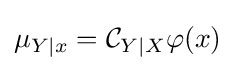
\mu _{Y\mid x}={\mathcal {C}}_{Y\mid X}\varphi (x)